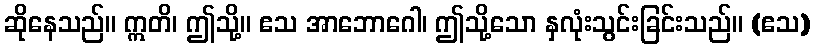
ဆိုနေသည်။ ဣတိ၊ ဤသို့။ ဧသ အာဘောဂေါ၊ ဤသို့သော နှလုံးသွင်းခြင်းသည်။ (ဧသ)